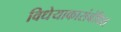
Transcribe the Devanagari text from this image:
विधेयाकासंबंधित